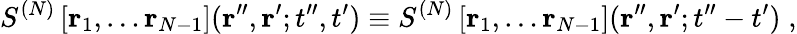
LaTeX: S^{(N)}\left[{\mathbf r}_{1},\dots{\mathbf r}_{N-1}\right]({\mathbf r}^{\prime\prime},{\mathbf r}^{\prime};t^{\prime\prime},t^{\prime})\equiv S^{(N)}\left[{\mathbf r}_{1},\dots{\mathbf r}_{N-1}\right]({\mathbf r}^{\prime\prime},{\mathbf r}^{\prime};t^{\prime\prime}-t^{\prime})\; ,